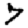
Digit: 7